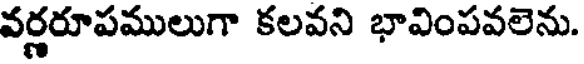
వర్ణరూపములుగా కలవని భావింపవలెను.